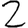
Digit: 2